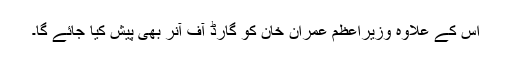
اس کے علاوہ وزیراعظم عمران خان کو گارڈ آف آنر بھی پیش کیا جائے گا۔